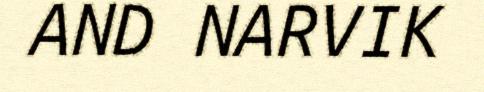
AND NARVIK